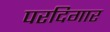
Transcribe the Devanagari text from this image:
परदिगार